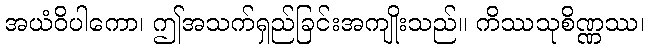
အယံဝိပါကော၊ ဤအသက်ရှည်ခြင်းအကျိုးသည်။ ကိဿသုစိဏ္ဏဿ၊